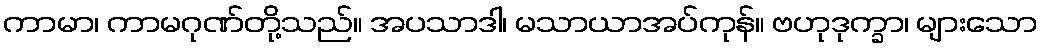
ကာမာ၊ ကာမဂုဏ်တို့သည်။ အပသာဒါ၊ မသာယာအပ်ကုန်။ ဗဟုဒုက္ခာ၊ များသော